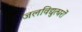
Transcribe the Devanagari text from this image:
जलविद्युत्घरों